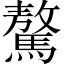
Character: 驁